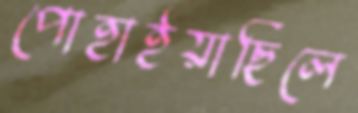
পোহাইয়াছিলে